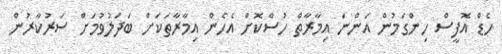
ހެޑް އޮފީސް ހިންގަމުން އަންނަ އިމާރާތް ހުސްކޮށް އެހެން އިމާރާތަކަށް ބަދަލުވުމަށް ސަރުކާރުން